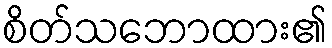
စိတ်သဘောထား၏